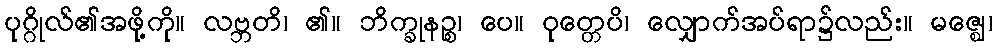
ပုဂ္ဂိုလ်၏အဖို့ကို။ လဗ္ဘတိ၊ ၏။ ဘိက္ခုနဉ္စ၊ ပေ။ ဝုတ္တေပိ၊ လျှောက်အပ်ရာ၌လည်း။ မဇ္ဈေ၊